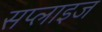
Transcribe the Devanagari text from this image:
सप्लाइज